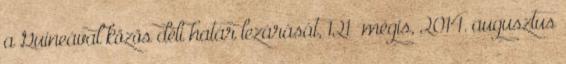
a Guineával közös déli határ lezárását, 121 mégis, 2014. augusztus